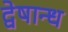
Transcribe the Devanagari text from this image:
द्वेषान्ध